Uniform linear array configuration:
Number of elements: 8
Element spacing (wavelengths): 0.25
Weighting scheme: binomial
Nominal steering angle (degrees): -45
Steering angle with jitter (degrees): -45.897
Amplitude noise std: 0.05
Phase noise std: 0.05

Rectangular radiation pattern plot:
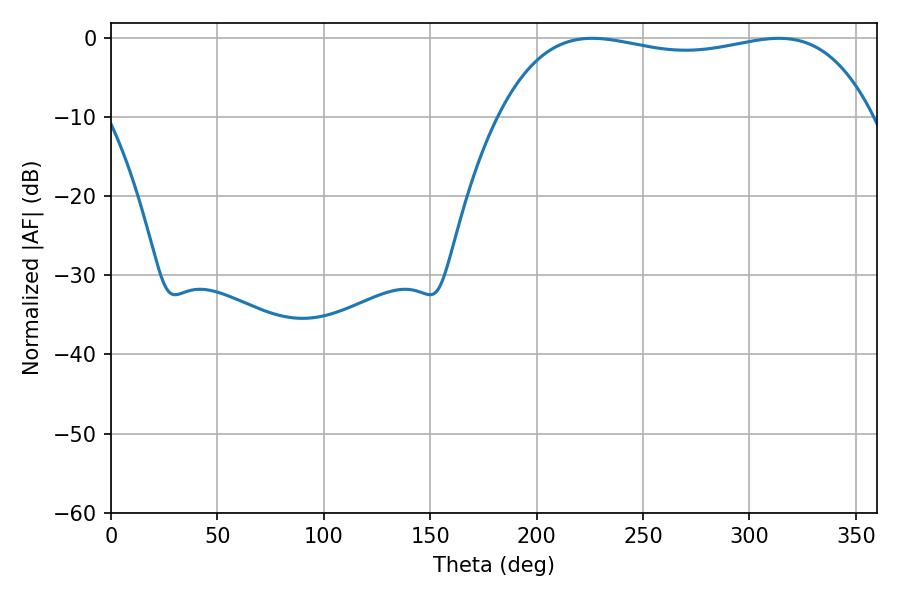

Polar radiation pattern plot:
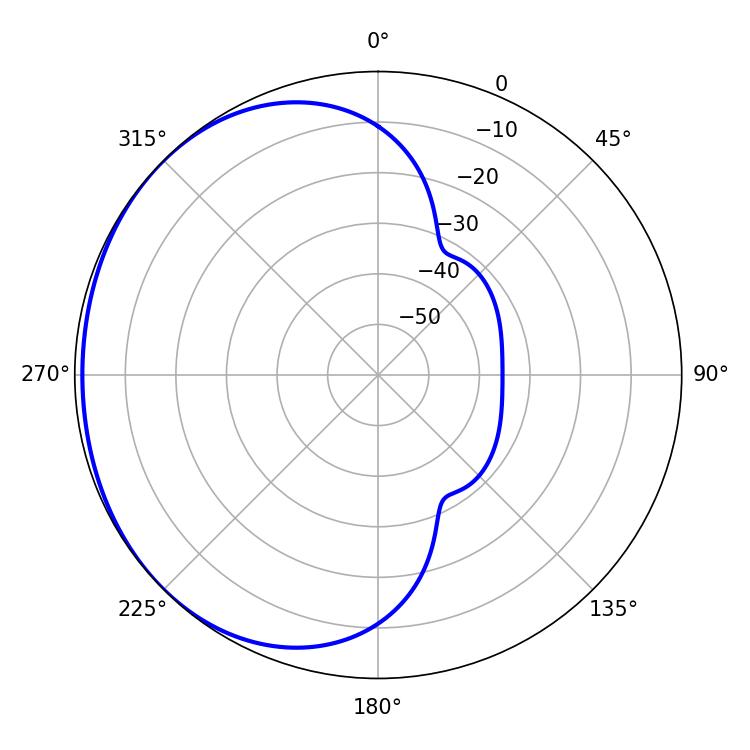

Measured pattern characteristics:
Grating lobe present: FALSE
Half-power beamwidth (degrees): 141.48
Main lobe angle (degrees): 226.08